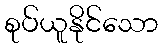
စုပ်ယူနိုင်သော